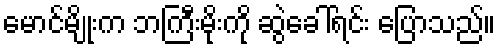
မောင်မျိုးက ဘကြီးမိုးကို ဆွဲခေါ်ရင်း ပြောသည်။